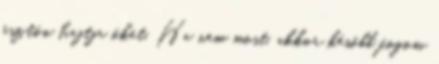
ösztön hajtja őket. Ha nem most, akkor később fogom